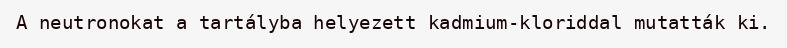
A neutronokat a tartályba helyezett kadmium-kloriddal mutatták ki.